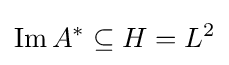
\mathop {\text{Im}} A^{*}\subseteq H=L^{2}